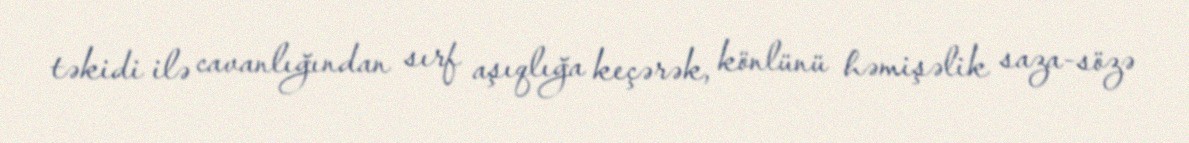
təkidi ilə cavanlığından sırf aşıqlığa keçərək, könlünü həmişəlik saza-sözə